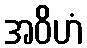
အဝိဟံ